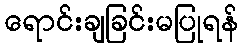
ရောင်းချခြင်းမပြုရန်